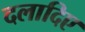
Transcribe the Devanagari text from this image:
दलादिए